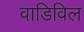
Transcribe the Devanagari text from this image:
वाडिविल